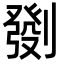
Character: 㔇